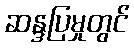
ဆန္ဒပြမှုတွင်